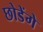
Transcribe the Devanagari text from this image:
छोडेंगे